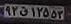
۹۲ق۱۲۵۵۳